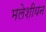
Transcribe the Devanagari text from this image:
मलेशीयन